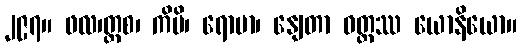
၂၉၇။ ဖလ၊တ္တစ၊ ကိမိ၊ ရောမာ၊ နျေတာ ဝတ္ထဿ ယောနိယော။